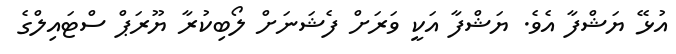
އުޅޭ ޔަޝްފާ އެވެ. ޔަޝްފާ އަކީ ވަރަށް ފެޝަނަށް ލޯބިކުރާ ޔޫރަޕް ސްޓައިލްގެ